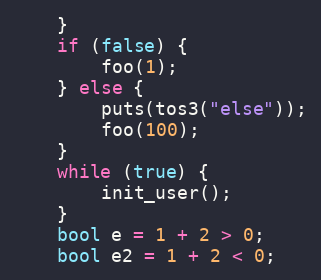
Language: C
	}
	if (false) {
		foo(1);
	} else {
		puts(tos3("else"));
		foo(100);
	}
	while (true) {
		init_user();
	}
	bool e = 1 + 2 > 0;
	bool e2 = 1 + 2 < 0;